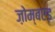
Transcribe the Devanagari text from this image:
ज़ोम्बएड